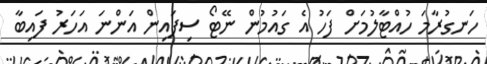
ހަނގުރާމަ ހުއްޓާލުމަށް ފަހު އެ ގައުމުން ނޭޓޯ ސިފައިން އަންނަ އަހަރު ފައިބާ